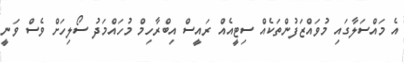
އެ މައްސަލާގައި މުވައްޒަފުންތަކެއް ސިޓީއެއް ރައީސް އިބްރާހިމް މުހައްމަދު ސޯލިހަށް ވެސް ވަނީ